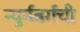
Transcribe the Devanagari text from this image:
न्युर्नबर्गची